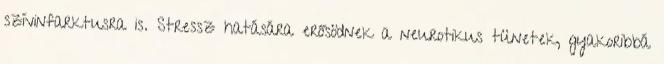
szívinfarktusra is. Stressz hatására erősödnek a neurotikus tünetek, gyakoribbá